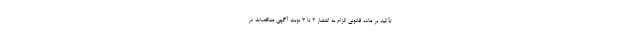
تأکید بر ماده قانونی الزام به انتشار ۲ تا ۳ نوبت آگهی مناقصات در